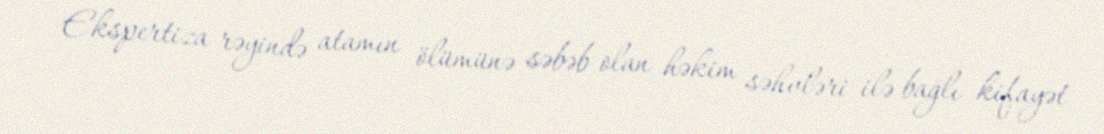
Ekspertiza rəyində atamın ölümünə səbəb olan həkim səhvləri ilə bağlı kifayət